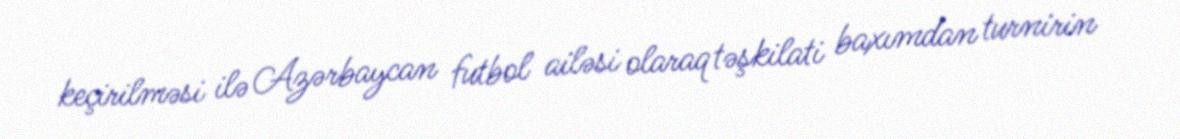
keçirilməsi ilə Azərbaycan futbol ailəsi olaraq təşkilati baxımdan turnirin